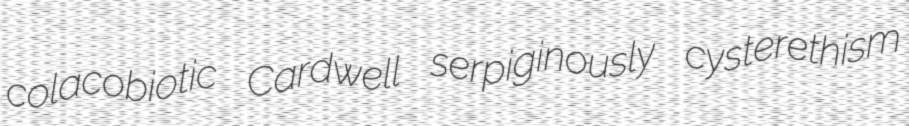
colacobiotic Cardwell serpiginously cysterethism